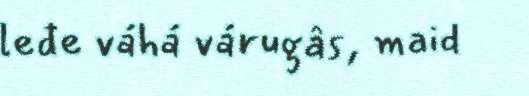
leđe váhá várugâs, maid